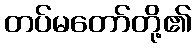
တပ်မတော်တို့၏